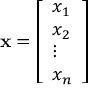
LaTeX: \mathbf { x } = { \left[ \begin{array} { l } { x _ { 1 } } \\ { x _ { 2 } } \\ { \vdots } \\ { x _ { n } } \end{array} \right] }